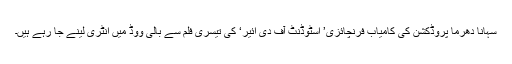
سہانا دھرما پروڈکشن کی کامیاب فرنچائزی’ اسٹوڈنٹ آف دی ائیر‘ کی تیسری فلم سے بالی ووڈ میں انٹری لینے جا رہے ہیں۔